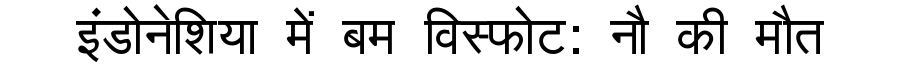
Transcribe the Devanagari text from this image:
इंडोनेशिया में बम विस्फोट: नौ की मौत